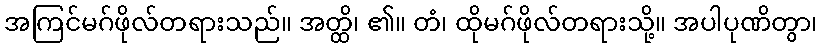
အကြင်မဂ်ဖိုလ်တရားသည်။ အတ္ထိ၊ ၏။ တံ၊ ထိုမဂ်ဖိုလ်တရားသို့။ အပါပုဏိတွာ၊